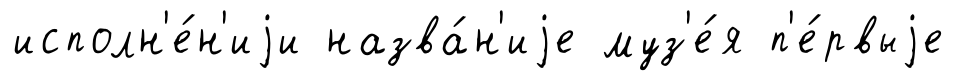
исполн'е́н'иjи назва́н'иjе муз'е́я п'е́рвыjе